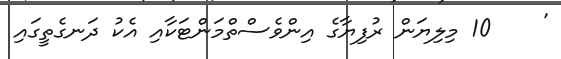
'    10 މިލިޔަން ރުފިޔާގެ އިންވެސްތްމަންޓަކާއި އެކު ދަނގެތީގައި